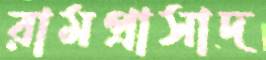
রামপ্রাসাদ